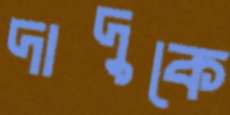
দাদুকে